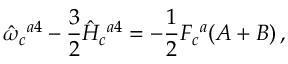
\hat { \omega } _ { c } { } ^ { a 4 } - \frac { 3 } { 2 } \hat { H } _ { c } { } ^ { a 4 } = - \frac { 1 } { 2 } F _ { c } { } ^ { a } ( A + B ) \, ,